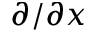
\partial / \partial x